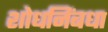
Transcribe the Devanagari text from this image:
शोधनिंबधा